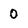
Character: 0